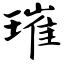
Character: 璀